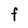
Character: F